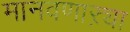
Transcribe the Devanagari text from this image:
मानवणाऱ्या